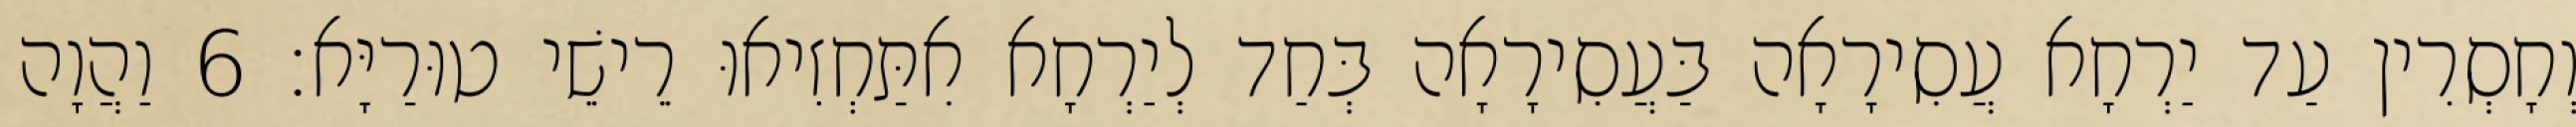
וְחָסְרִין עַד יַרְחָא עֲסִירָאָה בַּעֲסִירָאָה בְּחַד לְיַרְחָא אִתַּחְזִיאוּ רֵישֵׁי טוּרַיָּא׃ 6 וַהֲוָה